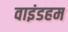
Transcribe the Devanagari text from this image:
वाइंडहम